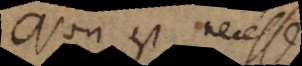
Non est necesse